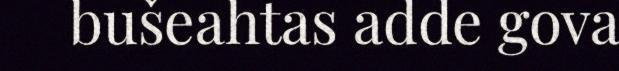
bušeahtas adde gova